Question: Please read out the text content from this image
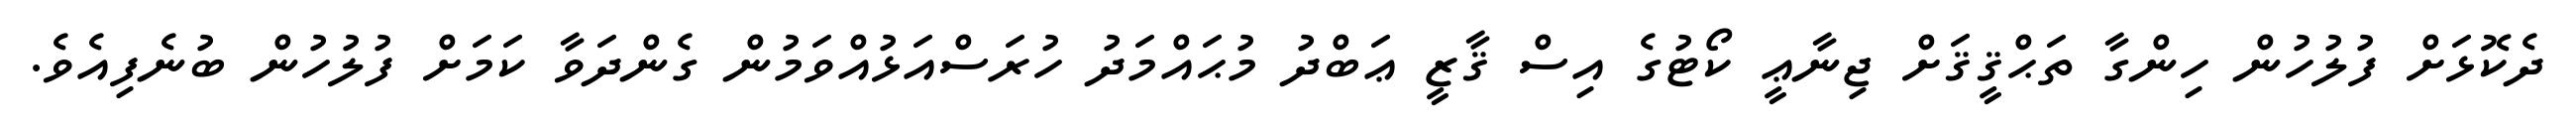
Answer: ދެކޮޅަށް ފުލުހުން ހިންގާ ތަޙްޤީޤަށް ޖިނާޢީ ކޯޓުގެ އިސް ޤާޒީ ޢަބްދު މުޙައްމަދު ހުރަސްއަޅުއްވަމުން ގެންދަވާ ކަމަށް ފުލުހުން ބުނެފިއެވެ.